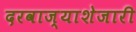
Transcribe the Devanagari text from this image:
दरवाज्याशेजारी